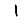
Digit: 1